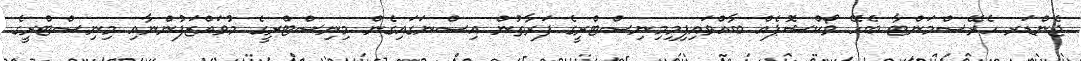
ޖެންޑަރ ހެރޭސްމަންޓާ ބެހޭ ވޯކްޝޮޕެއް ބާއްވައިފިމިމިނިސްޓްރީގެ ފަރާތުން އިސްނަގައިގެން މިނިސްޓްރީގެ މުވައްޒަފުންނާއި މިނިސްޓްރީގެ